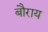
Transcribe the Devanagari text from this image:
बौराय